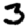
Digit: 3